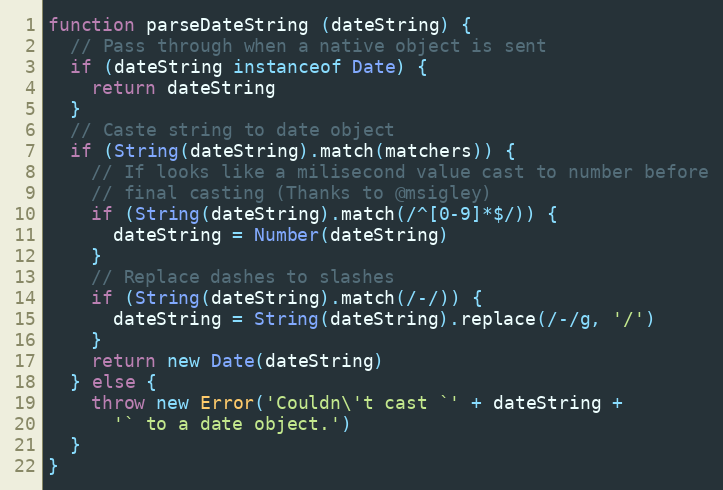
Language: JavaScript
function parseDateString (dateString) {
  // Pass through when a native object is sent
  if (dateString instanceof Date) {
    return dateString
  }
  // Caste string to date object
  if (String(dateString).match(matchers)) {
    // If looks like a milisecond value cast to number before
    // final casting (Thanks to @msigley)
    if (String(dateString).match(/^[0-9]*$/)) {
      dateString = Number(dateString)
    }
    // Replace dashes to slashes
    if (String(dateString).match(/-/)) {
      dateString = String(dateString).replace(/-/g, '/')
    }
    return new Date(dateString)
  } else {
    throw new Error('Couldn\'t cast `' + dateString +
      '` to a date object.')
  }
}